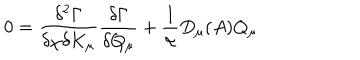
0 = \frac { \delta ^ { 2 } \Gamma } { \delta \chi \delta K _ { \mu } } \frac { \delta \Gamma } { \delta Q _ { \mu } } + \frac { 1 } { \alpha } D _ { \mu } ( A ) Q _ { \mu }